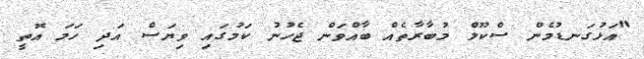
"އަޅުގަނޑުމެން ސްކޫލް މުބާރާތެއް ބާއްވަން ޖެހުނު ކަމުގައި ވިޔަސް އަދި ހަމަ އޮތީ